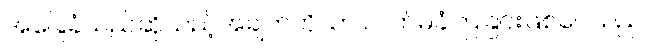
အခြေခံသည်ဆိုသည့်အချက်ကိုသာ လက်မခံကြခြင်းဖြစ်ပေသည်။